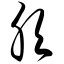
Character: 肷